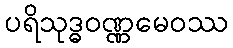
ပရိသုဒ္ဓဝဏ္ဏမေဝဿ